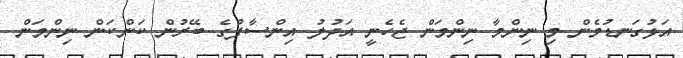
އަޅުގަނޑުމެން މި ނިންމާ ނިންމަން ޖެހެނީ އަދުލު އިންސާފުގެ ބޭރުން ކަންކަން ނިންމަން